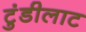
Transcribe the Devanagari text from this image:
टुंडीलाट